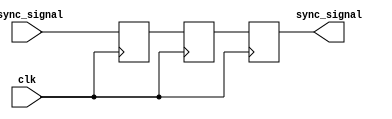
module synchronization_block (
    input wire async_signal,
    input wire clk,
    output reg sync_signal
);

reg flop1;
reg flop2;

always @(posedge clk) begin
    flop1 <= async_signal;
end

always @(posedge clk) begin
    flop2 <= flop1;
    sync_signal <= flop2;
end

endmodule